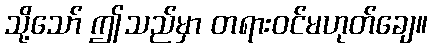
သို့သော် ဤသည်မှာ တရားဝင်မဟုတ်ချေ။